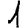
Digit: 1